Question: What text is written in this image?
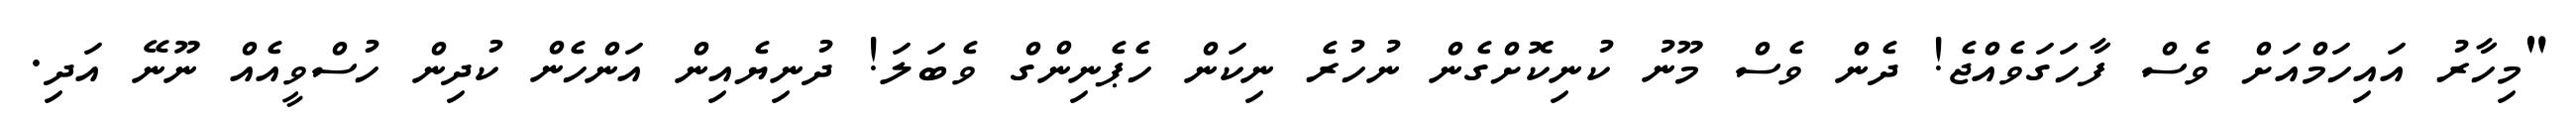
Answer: "މިހާރު އައިހަމްއަށް ވެސް ފާހަގަވެއްޖެ! ދެން ވެސް މޫނު ކުނިކޮށްގެން ނުހުރެ ނިކަން ހެޕެނިންގް ވެބަލަ! ދުނިޔެއިން އަންހެން ކުދިން ހުސްވީއެއް ނޫނޭ އަދި.